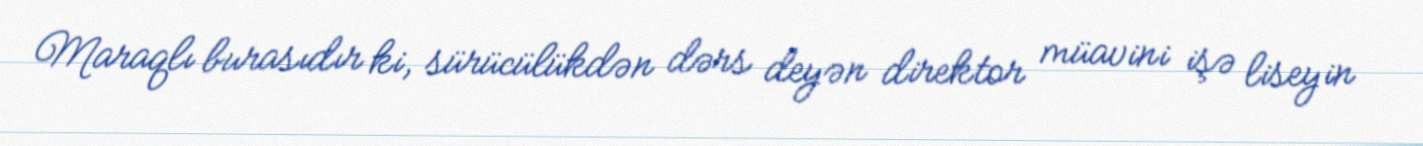
Maraqlı burasıdır ki, sürücülükdən dərs deyən direktor müavini işə liseyin